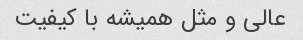
عالی و مثل همیشه با کیفیت